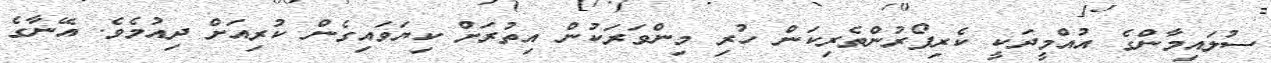
ސުލައިމާންގެ އުއްމީދަކީ ކެރިފޯރުންތެރިކަން ހުރި މިންވަރަކުން އިތުރަށް ކިޔަވައިގެން ކުރިއަށް ދިއުމެވެ. އޭނާގެ